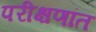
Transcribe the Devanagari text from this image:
परीक्षणांत